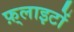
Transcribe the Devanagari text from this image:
फ़्लाइटों